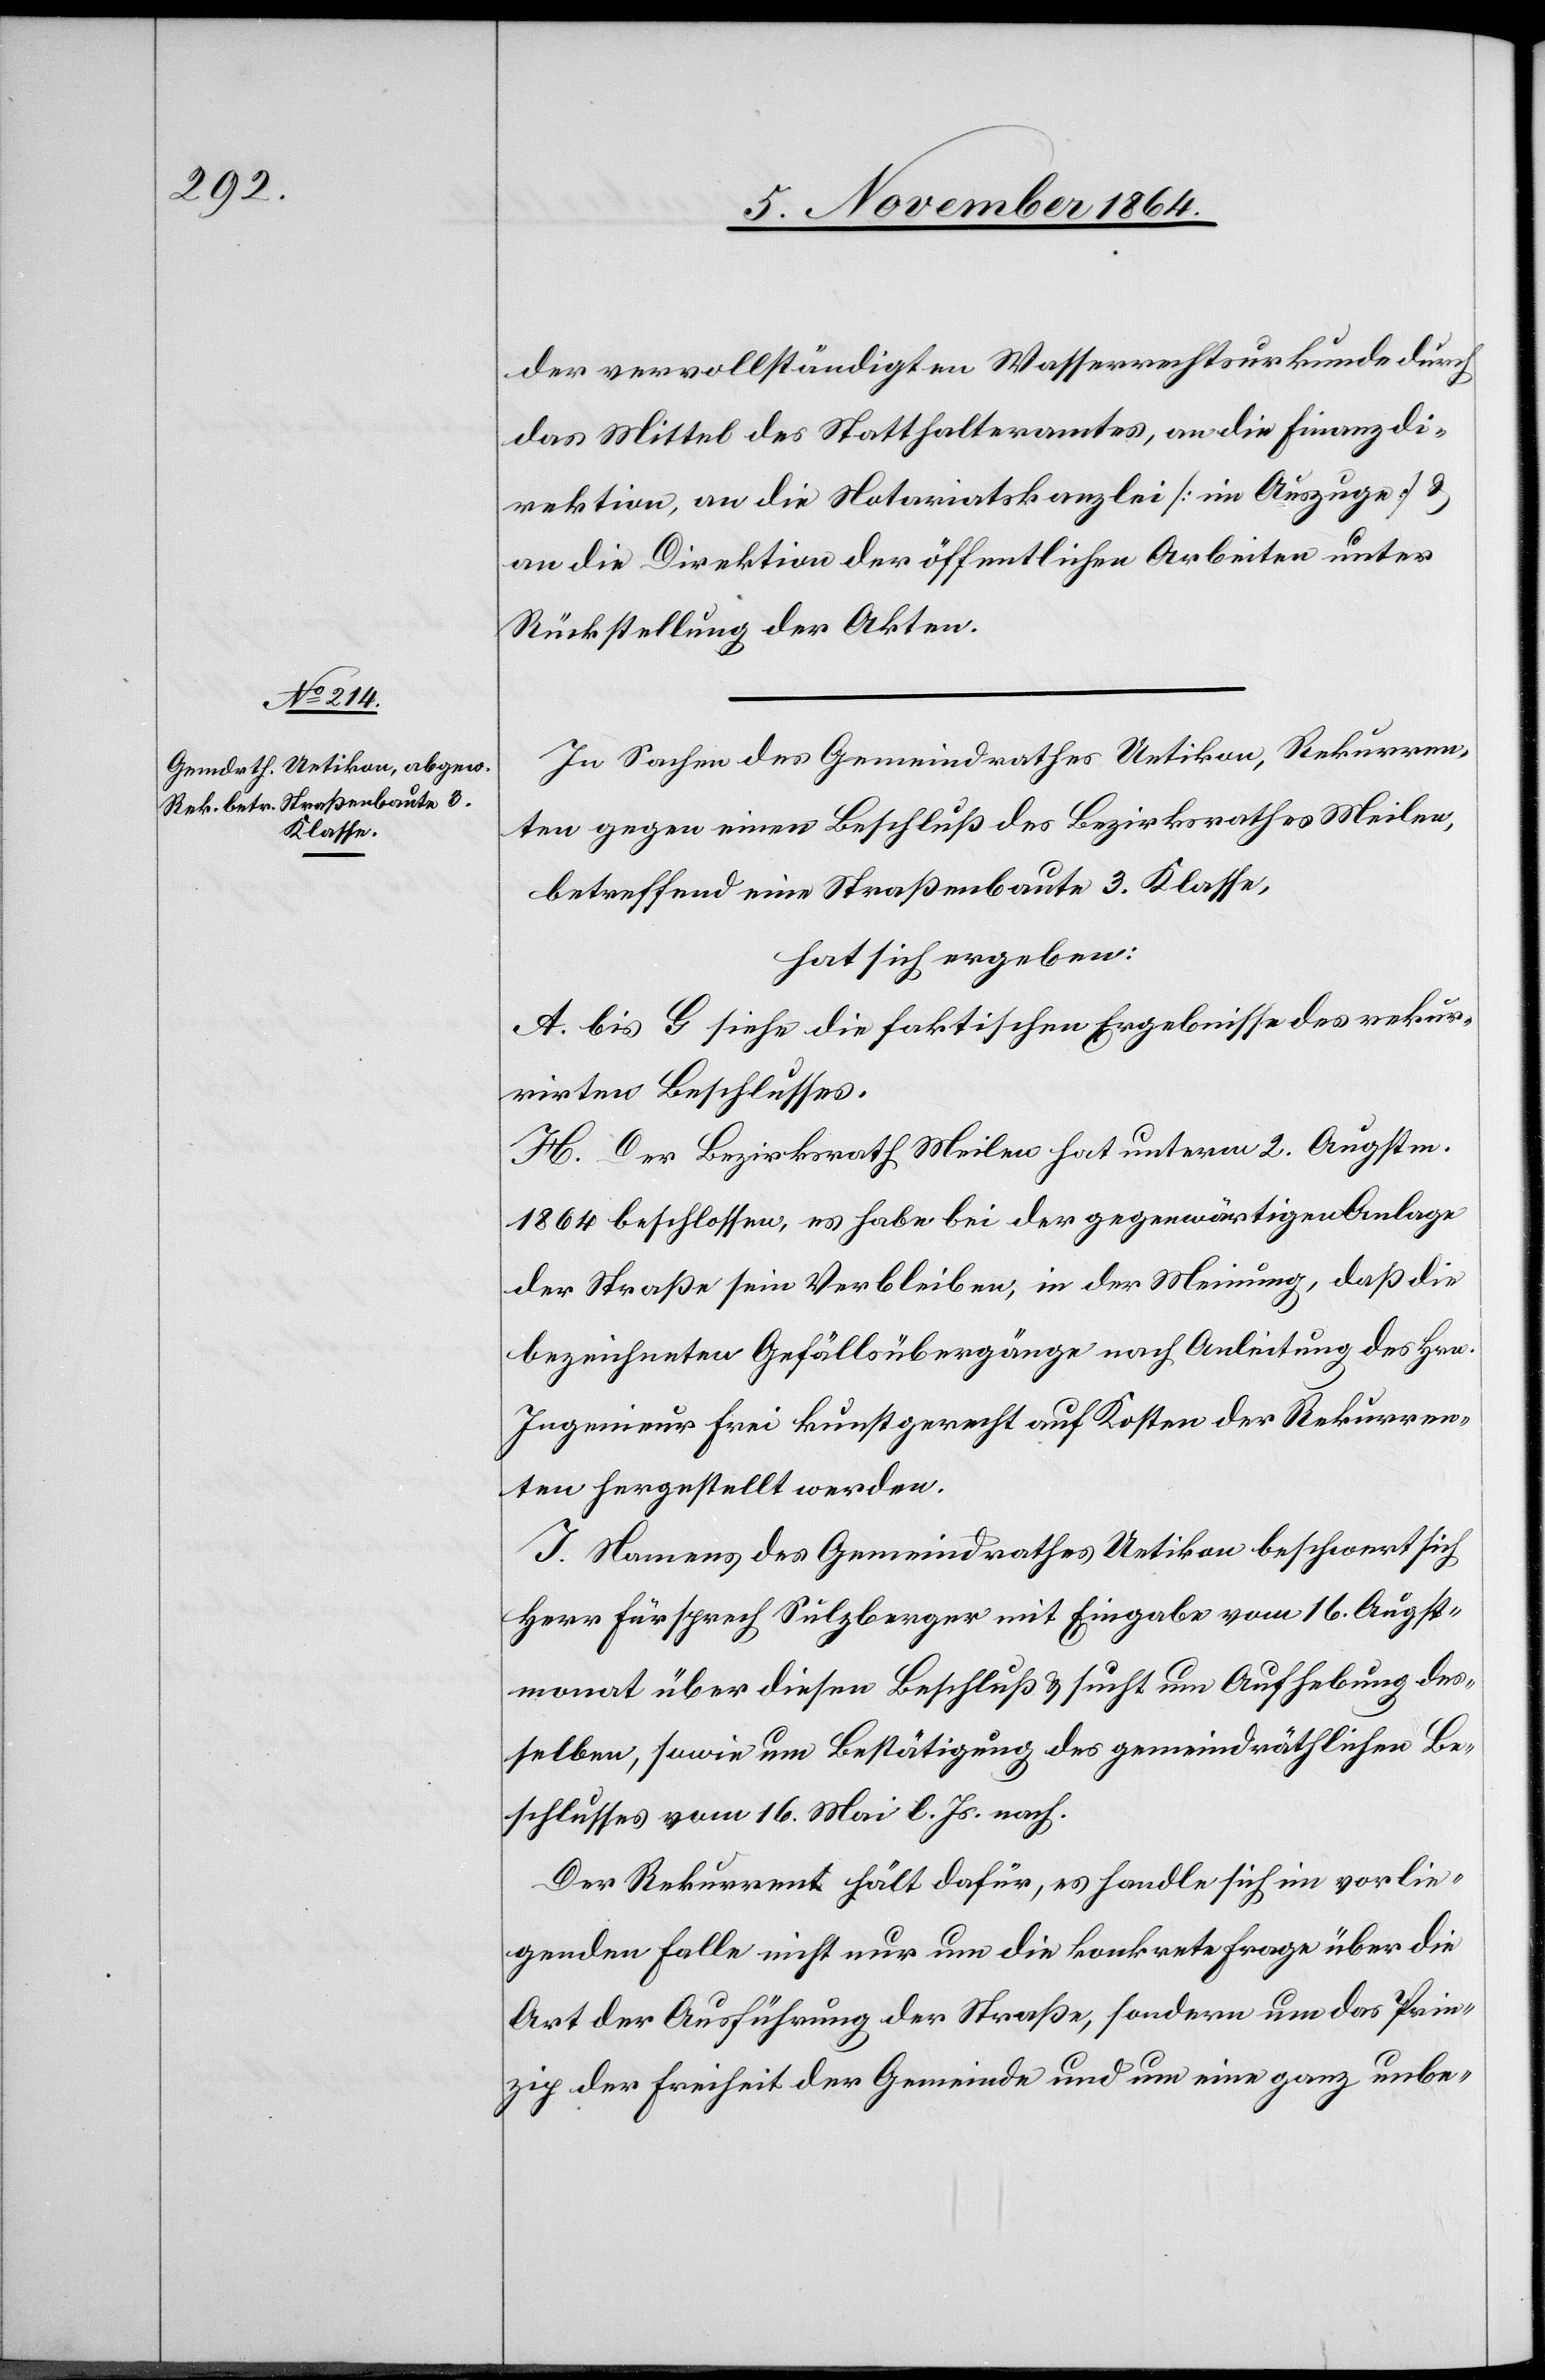
der vervollständigten Wasserrechtsurkunde durch
das Mittel des Statthalteramtes, an die Finanzdi¬
rektion, an die Notariatskanzlei [im Auszuge] &
an die Direktion der öffentlichen Arbeiten unter
Rückstellung der Akten.
In Sachen des Gemeindrathes Uetikon, Rekurren¬
ten gegen einen Beschluß des Bezirksrathes Meilen,
betreffend eine Straßenbaute 3. Klasse,
hat sich ergeben:
A. bis G. siehe die faktischen Ergebnisse des rekur¬
rirten Beschlusses.
H. Der Bezirksrath Meilen hat unterm 2. Augstm.
1864 beschlossen, es habe bei der gegenwärtigen Anlage
der Straße sein Verbleiben, in der Meinung, daß die
bezeichneten Gefällsübergänge nach Anleitung des Hrn.
Ingenieur Frei kunstgerecht auf Kosten der Rekurren¬
ten hergestellt werden.
I. Namens des Gemeindrathes Uetikon beschwert sich
Herr Fürsprech Sulzberger mit Eingabe vom 16. Augst¬
monat über diesen Beschluß & sucht um Aufhebung des¬
selben, sowie um Bestätigung des gemeidräthlichen Be¬
schlusses vom 16. Mai l. Js. nach.
Der Rekurrent hält dafür, es handle sich im vorlie¬
genden Falle nicht nur um die konkrete Frage über die
Art der Ausführung der Straße, sondern um das Prin¬
zip der Freiheit der Gemeinde und um eine ganz unbe-